Annual administration report of the Civil Veterinary Department of India - 1902-1903
Year: 1902
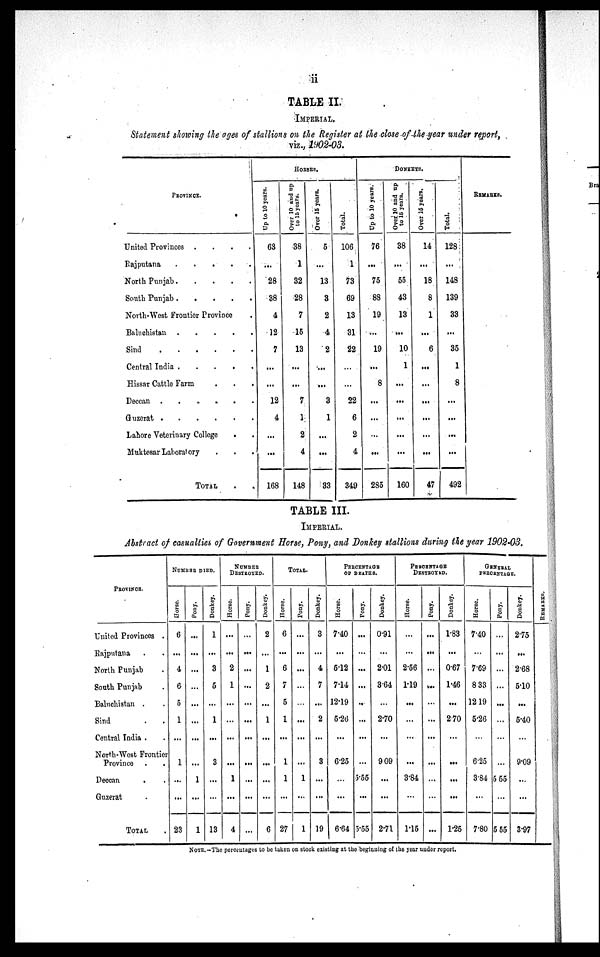
ii
TABLE II.
IMPERIAL.
Statement showing the ages of stallions on the Register at the close of the year under report,
viz., 1902-03.
PROVINCE.
United Provinces .
.
.
. .
Rajputana
.
.
.
.
.
North Punjab . . . . .
South Punjab
.
.
.
.
North-West Frontier Province .
Baluchistan
.
.
.
.
Sind
.
.
.
.
.
Central India . . . . . .
Hissar Cattle Farm . . .
Deccan .
.
.
.
.
.
Guzerat
.
.
.
.
.
.
Lahore Veterinary College . .
Muktesar Laboratory . . .
TOTAL . .
HORSES.
Up to 10 years.
63
...
28
38
4
12
7
...
...
12
4
...
...
168
Over 10 and up
to 15 years.
38
1
32
28
7
15
13
...
...
7
1
2
4
148
Over 15 years.
5
...
13
3
2
4
2
...
...
3
1
...
...
33
Total.
106
1
73
69
13
31
22
...
...
22
6
2
4
349
DONKEYS.
Up to 10 years.
76
...
75
88
19
...
19
...
8
...
...
...
...
285
Over 10 and up
to 15 years.
38
...
55
43
13
...
10
1
...
...
...
...
...
160
Over 15 years.
14
...
18
8
1
...
6
...
...
...
...
...
...
47
Total.
128
...
148
139
33
...
35
1
8
...
...
...
...
492
REMARKS.
TABLE III.
IMPERIAL.
Abstract of casualties of Government Horse, Pony, and Donkey stallions during the year 1902-03.
PROVINCE.
United Provinces .
Rajputana . .
North Punjab .
South Punjab .
Baluchistan . .
Sind . .
Central India . .
North-West Frontier
Province . .
Deccan
. .
Guzerat .
TOTAL .
NUMBER DIED.
Horse.
6
...
4
6
5
1
...
1
...
...
23
Pony.
...
...
...
...
...
...
...
...
1
...
1
Donkey.
1
...
3
5
...
1
...
3
...
...
13
NUMBER
DESTROYED.
Horse.
...
...
2
1
...
...
...
...
1
...
4
Pony.
...
...
...
...
...
...
...
...
...
...
...
Donkey.
2
...
1
2
...
1
...
...
...
...
6
TOTAL.
Horse.
6
...
6
7
5
1
...
1
1
...
27
Pony.
...
...
...
...
...
...
...
...
1
...
1
Donkey.
3
...
4
7
...
2
...
3
...
...
19
PERCENTAGE
OF DEATHS.
Horse.
7.40
...
5.12
7.14
12.19
5.26
...
6.25
...
...
6.64
Pony.
...
...
...
..
...
...
...
5.55
...
5.55
Donkey.
0.91
...
2.01
3.64
...
2.70
...
9.09
...
...
2.71
PERCENTAGE
DESTROYED.
Horse.
...
...
2.56
1.19
...
...
...
...
3.84
...
1.15
Pony.
...
...
...
...
...
...
...
...
...
...
...
Donkey.
1.83
...
0.67
1.46
...
2.70
...
...
...
...
1.25
GENERAL
PERCENTAGE.
Horse.
7.40
...
7.69
8.33
12.19
5.26
...
6.25
3.84
...
7.80
Pony.
...
...
...
...
...
...
...
...
5 55
...
5 55
Donkey.
2.75
...
2.68
5.10
...
5.40
...
9.09
...
...
3.97
REMARKS.
NOTE.—The percentages to be taken on stock existing at the beginning of the year under report.